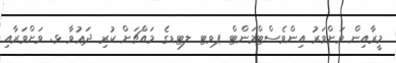
މީރާއިން ވަށްވަރު އިންވެސްޓްމަންޓް ޕވޓ ލޓޑގެ މައްޗަށް ކުރި ދަޢުވާ ޅ. ވަށްވަރާއި